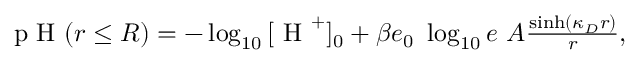
\begin{array} { r } { \textrm { p H } ( r \leq R ) = - \log _ { 1 0 } { [ \textrm { H } ^ { + } ] _ { 0 } } + \beta e _ { 0 } ~ \log _ { 1 0 } { e } ~ A \frac { \sinh ( \kappa _ { D } r ) } { r } , } \end{array}